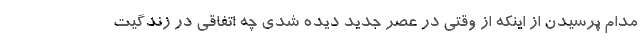
مدام پرسیدن از اینکه از وقتی در عصر جدید دیده شدی چه اتفاقی در زندگیت